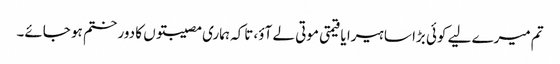
تم میرے لیے کوئی بڑا سا ہیرا یا قیمتی موتی لے آؤ، تاکہ ہماری مصیبتوں کا دور ختم ہو جائے۔